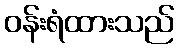
ဝန်းရံထားသည်